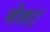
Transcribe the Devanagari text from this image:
मेल।